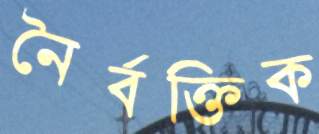
নৈর্বক্তিক